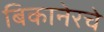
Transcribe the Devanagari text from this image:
बिकानेरचे